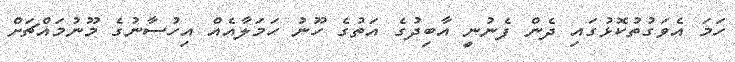
ހަމަ އެވަގުތުކޮޅުގައި ދެން ފެނުނީ އާބިދުގެ އަތުގެ ހޫނު ހަމަލާއެއް އިހުސާނުގެ މޫނުމައްޗަށް